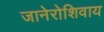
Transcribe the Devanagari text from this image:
जानेरोशिवाय